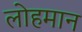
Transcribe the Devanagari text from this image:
लोहमान